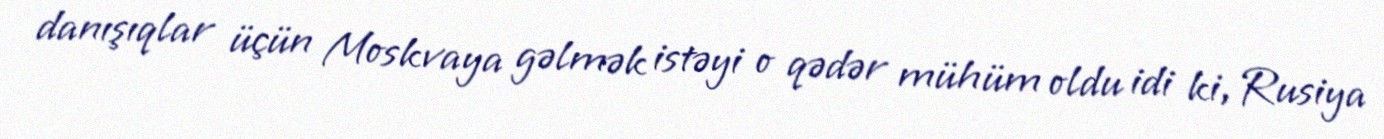
danışıqlar üçün Moskvaya gəlmək istəyi o qədər mühüm oldu idi ki, Rusiya